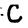
Character: C